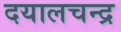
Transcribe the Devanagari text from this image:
दयालचन्द्र